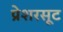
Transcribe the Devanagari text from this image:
प्रेशरसूट